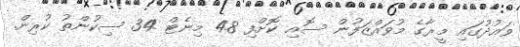
ވައުދުގައި މީރާގެ މުވައްޒަފުން ސޮއި ކޮށްފި 48 މިނެޓް 34 ސިކުންތު ކުރިން.